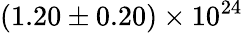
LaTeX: \mathrm{{(1.20\pm 0.20)\times 10^{24}}}